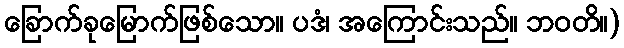
ခြောက်ခုမြောက်ဖြစ်သော။ ပဒံ၊ အကြောင်းသည်။ ဘဝတိ။)